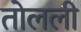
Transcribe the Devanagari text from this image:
तोलली